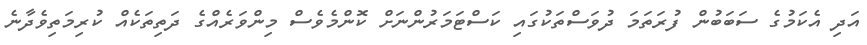
އަދި އެކަމުގެ ސަބަބުން ފުރަތަމަ ދުވަސްތަކުގައި ކަސްޓަމަރުންނަށް ކޮންމެވެސް މިންވަރެއްގެ ދަތިތަކެއް ކުރިމަތިވެދާނެ